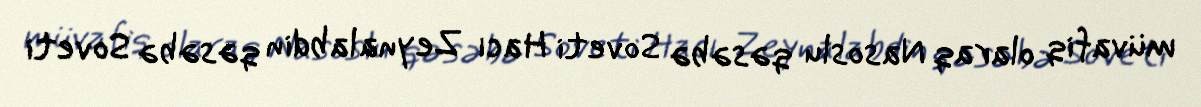
müvafiq olaraq Nasoslu qəsəbə Soveti Hacı Zeynalabdin qəsəbə Soveti